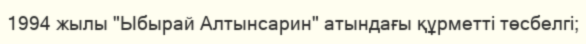
1994 жылы "Ыбырай Алтынсарин" атындағы құрметті төсбелгі;